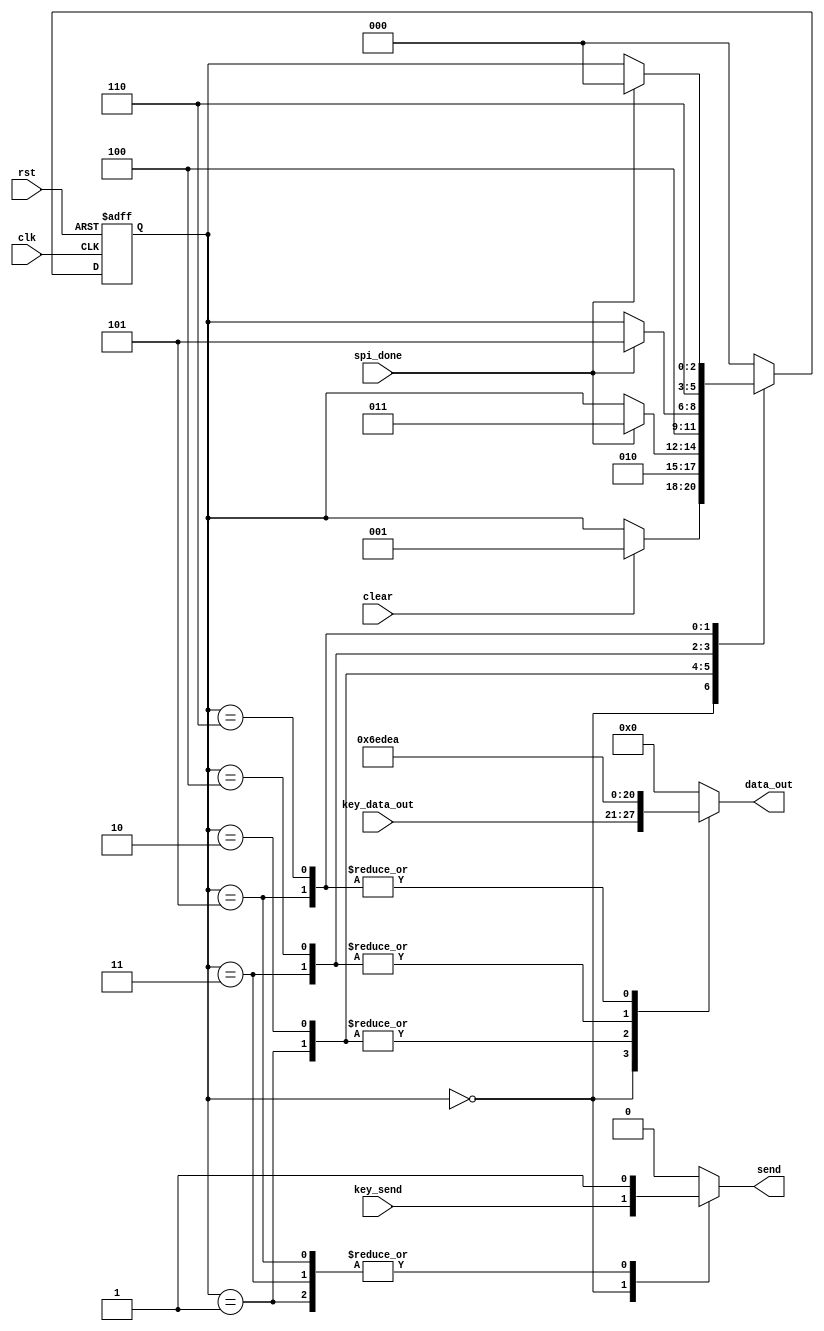
`timescale 1ns / 1ps
//////////////////////////////////////////////////////////////////////////////////
// 
// Design Name: LCD Controller
// Module Name: lcd_ctrl 
// Project Name: SPI LCD Controller
// Target Devices: XC2C256-7-TQ144
// Tool versions: 
// Description: 
//
// Dependencies: 
//
// Revision: 
// Revision 0.01 - File Created
// Additional Comments: 
//
//////////////////////////////////////////////////////////////////////////////////
module lcd_ctrl(
    input wire clk, rst,
    input wire clear, spi_done,
    input wire [6:0] key_data_out,
    input wire key_send,
    output reg [6:0] data_out,
    output reg send
);

    localparam [2:0]
        Init = 3'b000,
        Clr1 = 3'b001,
        Clr1Wait = 3'b010,
        Clr2 = 3'b011,
        Clr2Wait = 3'b100,
        Clr3 = 3'b101,
        Clr3Wait = 3'b110;
        
    reg [2:0] cstate, nstate;

    always @(posedge clk or posedge rst) begin
        if(rst)
            cstate = Init;
        else
            cstate = nstate;
    end
    
    always @(*) begin
        case(cstate)
            Init : begin
                data_out = key_data_out;
                send = key_send;
                
                if(clear)
                    nstate = Clr1;
                else
                    nstate = cstate;
            end
            
            Clr1 : begin
                data_out = 7'h1B;
                send = 1'b1;
                
                nstate = Clr1Wait;
            end
            
			Clr1Wait : begin
				data_out = 7'h1B;
                send = 1'b0;
				
				if(spi_done)
                    nstate = Clr2;
                else
                    nstate = cstate;
			end
			
            Clr2 : begin
                data_out = 7'h5B;
                send = 1'b1;
                
                nstate = Clr2Wait;
            end
            
			Clr2Wait : begin
				data_out = 7'h5B;
                send = 1'b0;
				
				if(spi_done)
                    nstate = Clr3;
                else
                    nstate = cstate;
			end
            
            Clr3 : begin
                data_out = 7'h6A;
                send = 1'b1;
                
                nstate = Clr3Wait;
            end
            
			Clr3Wait : begin
				data_out = 7'h6A;
                send = 1'b0;
				
				if(spi_done)
                    nstate = Init;
                else
                    nstate = cstate;
			end
            
            default : begin
                data_out = 8'b0;
                send = 1'b0;
                
                nstate = Init;
            end
        endcase
    end

endmodule